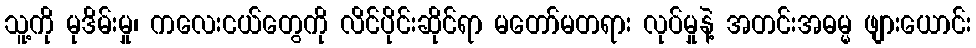
သူ့ကို မုဒိမ်းမှု၊ ကလေးငယ်တွေကို လိင်ပိုင်းဆိုင်ရာ မတော်မတရား လုပ်မှုနဲ့ အတင်းအဓမ္မ ဖျားယောင်း